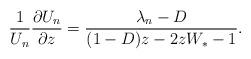
LaTeX: \begin{align*}\frac{1}{U_{n}}\frac{\partial U_{n}}{\partial z}=\frac{\lambda_{n}-D}{(1-D)z-2zW_{*}-1}.\end{align*}